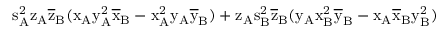
\mathrm { s _ { A } ^ { 2 } \mathrm { z _ { A } \mathrm { \overline { { z } } _ { B } ( \mathrm { x _ { A } \mathrm { y _ { A } ^ { 2 } \mathrm { \overline { { x } } _ { B } - \mathrm { x _ { A } ^ { 2 } \mathrm { y _ { A } \mathrm { \overline { { y } } _ { B } ) + \mathrm { z _ { A } \mathrm { s _ { B } ^ { 2 } \mathrm { \overline { { z } } _ { B } ( \mathrm { y _ { A } \mathrm { x _ { B } ^ { 2 } \mathrm { \overline { { y } } _ { B } - \mathrm { x _ { A } \mathrm { \overline { { x } } _ { B } \mathrm { y _ { B } ^ { 2 } ) } } } } } } } } } } } } } } } } } }